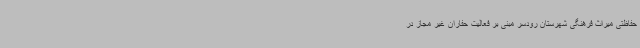
حفاظتی میراث فرهنگی شهرستان رودسر مبنی بر فعالیت حفاران غیر مجاز در